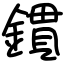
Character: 鏆